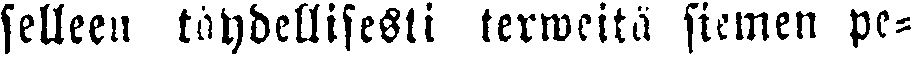
selleen täydellisesli terweitä siemen pe-